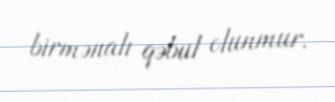
birmənalı qəbul olunmur.